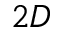
2 D